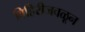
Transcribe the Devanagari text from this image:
विहिरीजवळून